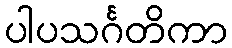
ပါပသင်္ဂတိကာ